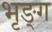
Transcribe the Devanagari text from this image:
भृङ्ग